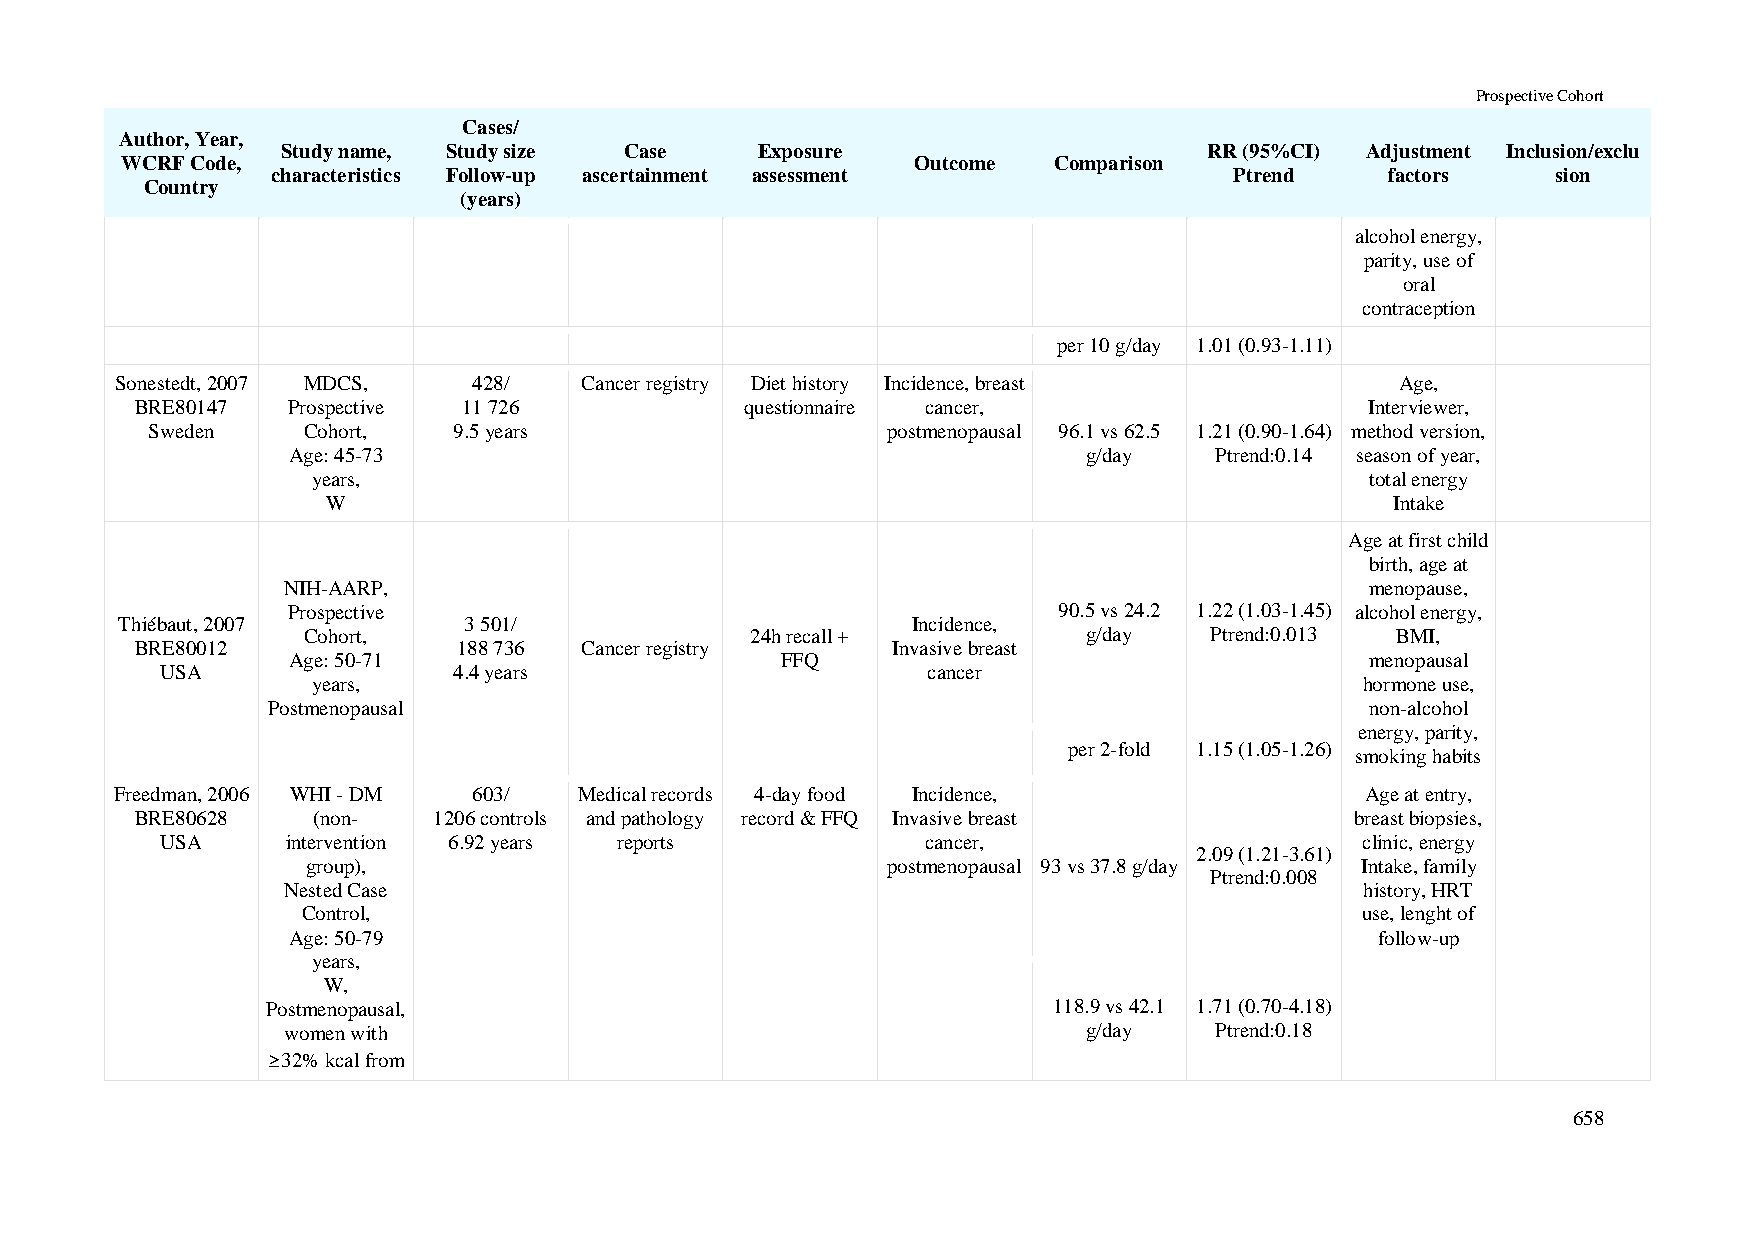
Prospective Cohort
 Cases/
 Author, Year,
 Study name, Study size Case    Exposure                      RR (95%CI) Adjustment Inclusion/exclu
 WCRF Code,                                           Outcome  Comparison
 characteristics Follow-up ascertainment assessment              Ptrend    factors    sion
 Country
 (years)
 alcohol energy,
 parity, use of
 oral
 contraception
 per 10 g/day 1.01 (0.93-1.11)
 Sonestedt, 2007 MDCS,  428/   Cancer registry Diet history Incidence, breast         Age,
 BRE80147  Prospective 11 726            questionnaire cancer,                     Interviewer,
 Sweden    Cohort,   9.5 years                    postmenopausal 96.1 vs 62.5 1.21 (0.90-1.64) method version,
 Age: 45-73                                           g/day   Ptrend:0.14 season of year,
 years,                                                                total energy
 W                                                                     Intake
 Age at first child
 birth, age at
 NIH-AARP,                                                               menopause,
 Prospective                                        90.5 vs 24.2 1.22 (1.03-1.45) alcohol energy,
 Thiébaut, 2007         3 501/                       Incidence,
 Cohort,                       24h recall +          g/day   Ptrend:0.013 BMI,
 BRE80012             188 736 Cancer registry      Invasive breast
 Age: 50-71                       FFQ                                    menopausal
 USA                4.4 years                      cancer
 years,                                                               hormone use,
 Postmenopausal                                                           non-alcohol
 energy, parity,
 per 2-fold 1.15 (1.05-1.26)
 smoking habits
 Freedman, 2006 WHI - DM 603/  Medical records 4-day food Incidence,               Age at entry,
 BRE80628    (non-   1206 controls and pathology record & FFQ Invasive breast     breast biopsies,
 USA     intervention 6.92 years reports           cancer,                      clinic, energy
 2.09 (1.21-3.61)
 group),                                postmenopausal 93 vs 37.8 g/day Intake, family
 Ptrend:0.008
 Nested Case                                                            history, HRT
 Control,                                                              use, lenght of
 Age: 50-79                                                              follow-up
 years,
 W,
 Postmenopausal,                                     118.9 vs 42.1 1.71 (0.70-4.18)
 women with                                           g/day   Ptrend:0.18
 ≥32% kcal from
 658